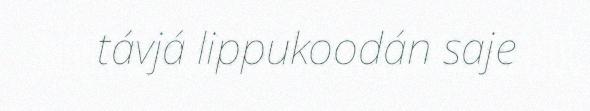
távjá lippukoodán saje